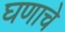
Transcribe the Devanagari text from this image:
घणाचे